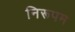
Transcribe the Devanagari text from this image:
निरूपम